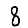
Digit: 8